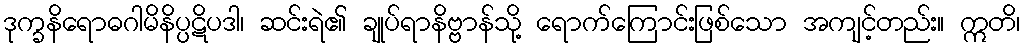
ဒုက္ခနိရောဓဂါမိနိပ္ပဋိပဒါ၊ ဆင်းရဲ၏ ချုပ်ရာနိဗ္ဗာန်သို့ ရောက်ကြောင်းဖြစ်သော အကျင့်တည်း။ ဣတိ၊